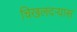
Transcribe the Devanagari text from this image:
चिखलदर्‍यास